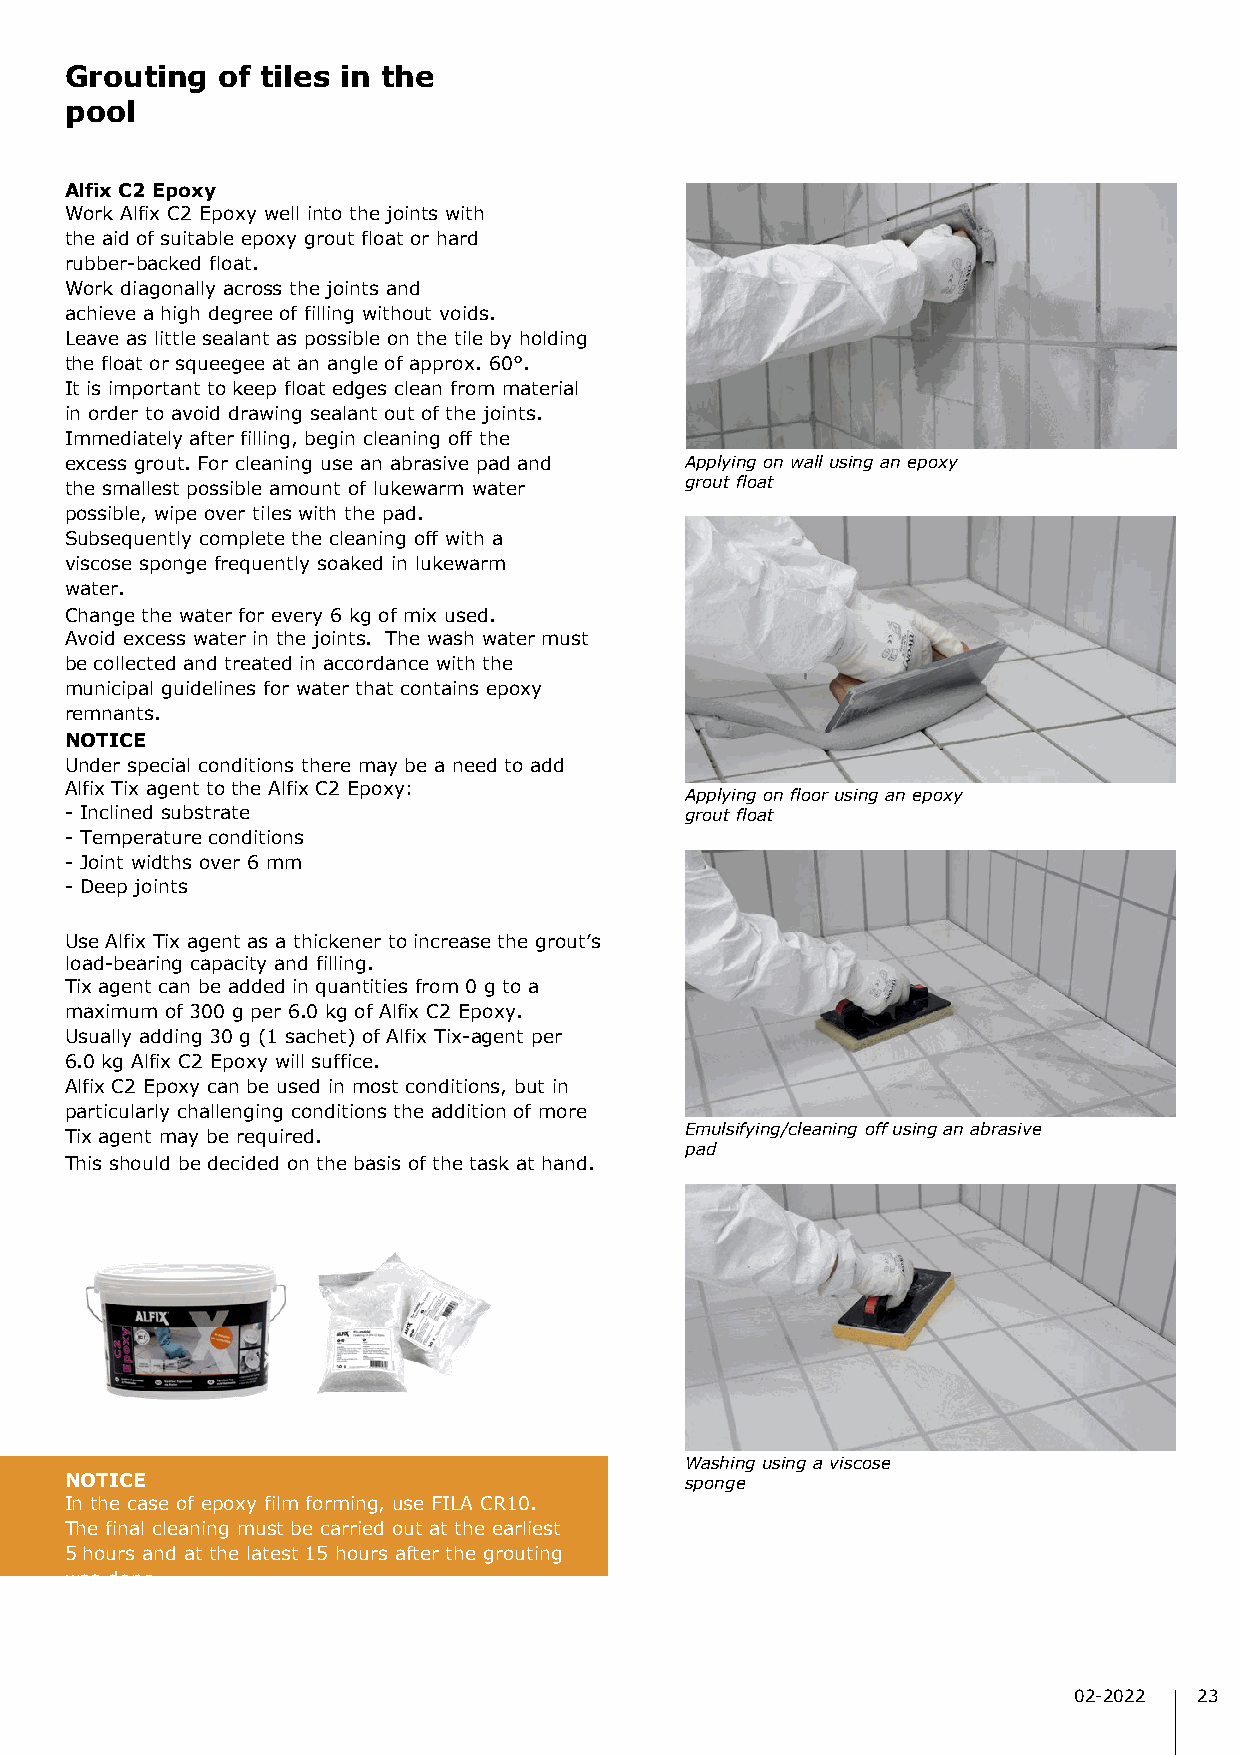
Grouting  of tiles in the
 pool
 Alfix C2 Epoxy
 Work Alfix C2 Epoxy well into the joints with
 the aid of suitable epoxy grout float or hard
 rubber-backed float.
 Work diagonally across the joints and
 achieve a high degree of filling without voids.
 Leave as little sealant as possible on the tile by holding
 the float or squeegee at an angle of approx. 60°.
 It is important to keep float edges clean from material
 in order to avoid drawing sealant out of the joints.
 Immediately after filling, begin cleaning off the
 excess grout. For cleaning use an abrasive pad and Applying on wall using an epoxy
 the smallest possible amount of lukewarm water grout float
 possible, wipe over tiles with the pad.
 Subsequently complete the cleaning off with a
 viscose sponge frequently soaked in lukewarm
 water.
 Change the water for every 6 kg of mix used.
 Avoid excess water in the joints. The wash water must
 be collected and treated in accordance with the
 municipal guidelines for water that contains epoxy
 remnants.
 NOTICE
 Under special conditions there may be a need to add
 Alfix Tix agent to the Alfix C2 Epoxy:
 Applying on floor using an epoxy
 - Inclined substrate                     grout float
 - Temperature conditions
 - Joint widths over 6 mm
 - Deep joints
 Use Alfix Tix agent as a thickener to increase the grout’s
 load-bearing capacity and filling.
 Tix agent can be added in quantities from 0 g to a
 maximum of 300 g per 6.0 kg of Alfix C2 Epoxy.
 Usually adding 30 g (1 sachet) of Alfix Tix-agent per
 6.0 kg Alfix C2 Epoxy will suffice.
 Alfix C2 Epoxy can be used in most conditions, but in
 particularly challenging conditions the addition of more
 Tix agent may be required.               Emulsifying/cleaning off using an abrasive
 pad
 This should be decided on the basis of the task at hand.
 Washing using a viscose
 NOTICE                                   sponge
 In the case of epoxy film forming, use FILA CR10.
 The final cleaning must be carried out at the earliest
 5 hours and at the latest 15 hours after the grouting
 was done.
 02-2022 23